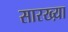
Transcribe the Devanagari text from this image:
सारख्य़ा